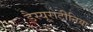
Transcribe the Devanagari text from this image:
डैस्यूरोटीनिया